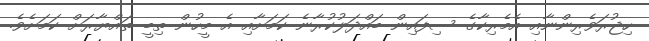
ހިޖުރަވެރިންނާއި އެމެރިކާގެ ސިފައިން ބައްދަލުކުރާނެ ކަމަށާއި އެ މީހުން ތިބީ ތައްޔާރަށް ކަމަށެވެ.